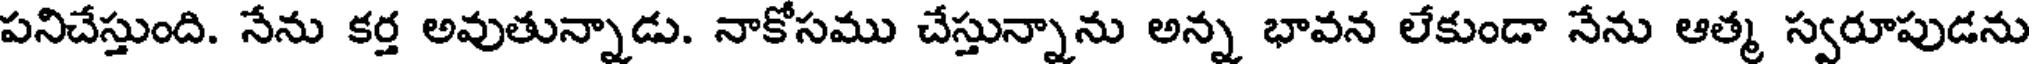
పనిచేస్తుంది. నేను కర్త అవుతున్నాడు. నాకోసము చేస్తున్నాను అన్న భావన లేకుండా నేను ఆత్మ స్వరూపుడను